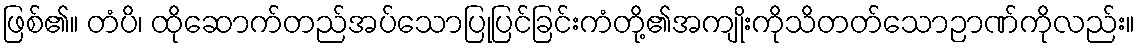
ဖြစ်၏။ တံပိ၊ ထိုဆောက်တည်အပ်သောပြုပြင်ခြင်းကံတို့၏အကျိုးကိုသိတတ်သောဉာဏ်ကိုလည်း။